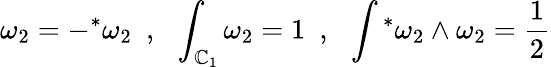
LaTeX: \omega_{2}=-{}^{*}\omega_{2}~~,~~\int_{{\cal\mathbb{C}}_{1}}\omega_{2}=1~~,~~\int{}^{*}\omega_{2}\wedge\omega_{2}=\frac{{1}}{{2}}